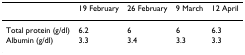
<table><thead><tr><td></td><td><b>19 February</b></td><td><b>26 February</b></td><td><b>9 March</b></td><td><b>12 April</b></td></tr></thead><tbody><tr><td>Total protein (g/dl)</td><td>6.2</td><td>6</td><td>6</td><td>6.3</td></tr><tr><td>Albumin (g/dl)</td><td>3.3</td><td>3.4</td><td>3.3</td><td>3.3</td></tr></tbody></table>